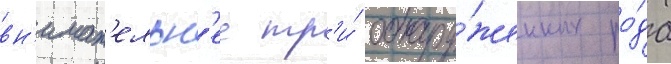
вн'имат'ельн'ее тр'и́ обнару́женных ро́да